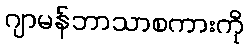
ဂျာမန်ဘာသာစကားကို